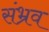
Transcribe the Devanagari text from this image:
संभ्रव